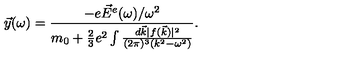
\vec { y } ( \omega ) = { \frac { - e \vec { E } ^ { e } ( \omega ) / \omega ^ { 2 } } { m _ { 0 } + { \frac { 2 } { 3 } } e ^ { 2 } \int { \frac { d \vec { k } | f ( \vec { k } ) | ^ { 2 } } { ( 2 \pi ) ^ { 3 } ( k ^ { 2 } - \omega ^ { 2 } ) } } } } { } .